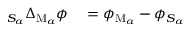
\begin{array} { r l } { _ { S _ { a } } \Delta _ { \mathrm { M } _ { a } } \phi } & { { } = \phi _ { \mathrm { M } _ { a } } - \phi _ { S _ { a } } } \end{array}